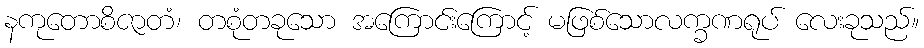
နကုတောစိဇာတံ၊ တစုံတခုသော အကြောင်းကြောင့် မဖြစ်သောလက္ခဏရုပ် လေးခုသည်။